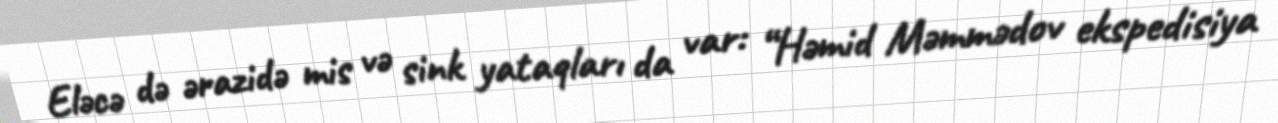
Eləcə də ərazidə mis və sink yataqları da var: “Həmid Məmmədov ekspedisiya